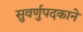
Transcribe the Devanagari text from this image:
सुवर्णुपदकाने